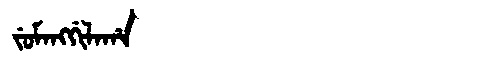
Manchu: ᠵᡠᠮᠠᠩᡤᡳᠯᠠᡥᠠ
Romanization: JUMANGGILAHA